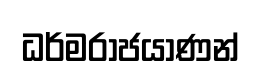
ධර්මරාජයාණන්